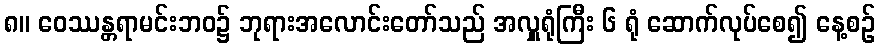
၈။ ဝေဿန္တရာမင်းဘဝ၌ ဘုရားအလောင်းတော်သည် အလှူရုံကြီး ၆ ရုံ ဆောက်လုပ်စေ၍ နေ့စဉ်